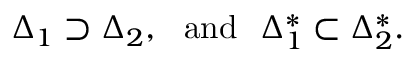
\Delta _ { 1 } \supset \Delta _ { 2 } , \ \ \mathrm { a n d } \ \ \Delta _ { 1 } ^ { * } \subset \Delta _ { 2 } ^ { * } .